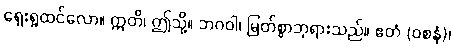
ရှေးရှုထင်လော။ ဣတိ၊ ဤသို့။ ဘဂဝါ၊ မြတ်စွာဘုရားသည်။ ဧတံ (ဝစနံ)၊